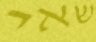
שאי